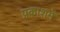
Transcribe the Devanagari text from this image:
प्रकाशमें